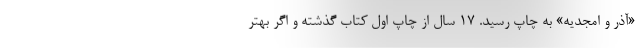
«آذر و امجدیه» به چاپ رسید. 17‌ سال از چاپ اول کتاب گذشته و اگر بهتر